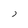
Character: 3